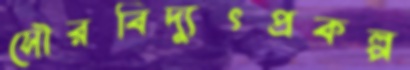
সৌরবিদ্যুৎপ্রকল্প